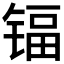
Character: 𮸕